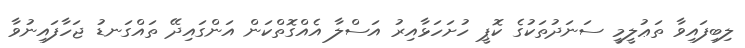
ލިބިފައިވާ ތަޢުލީމީ ސަނަދުތަކުގެ ކޮޕީ ހުށަހަޅާއިރު އަސްލާ އެއްގޮތްކަން އަންގައިދޭ ތައްގަނޑު ޖަހާފައިނުވާ